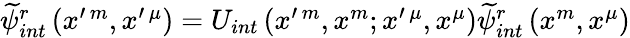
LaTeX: \begin{array}{r}{\widetilde{\psi}_{int}^{r}\left(x^{\prime\, m},x^{\prime\, \mu}\right)=U_{int}\left(x^{\prime\, m},x^{m};x^{\prime\, \mu},x^{\mu}\right)\widetilde{\psi}_{int}^{r}\left(x^{m},x^{\mu}\right)}\end{array}